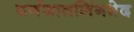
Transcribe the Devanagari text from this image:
वर्णजातलिंगभेद